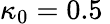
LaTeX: \kappa_{0}=0.5\